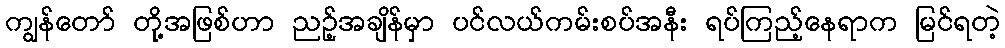
ကျွန်တော် တို့အဖြစ်ဟာ ညဉ့်အချိန်မှာ ပင်လယ်ကမ်းစပ်အနီး ရပ်ကြည့်နေရာက မြင်ရတဲ့